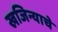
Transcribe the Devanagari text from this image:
खजिन्याचे